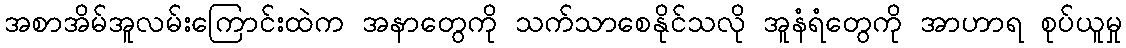
အစာအိမ်အူလမ်းကြောင်းထဲက အနာတွေကို သက်သာစေနိုင်သလို အူနံရံတွေကို အာဟာရ စုပ်ယူမှု